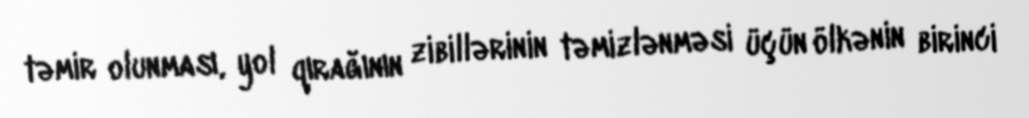
təmir olunması, yol qırağının zibillərinin təmizlənməsi üçün ölkənin birinci